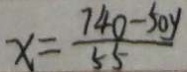
x = \frac { 7 4 0 - 5 0 y } { 5 5 }